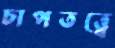
চাপতত্ত্বে